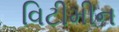
વિટીમીન